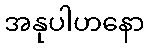
အနုပါဟနော